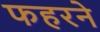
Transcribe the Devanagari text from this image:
फहरने